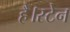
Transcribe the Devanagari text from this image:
है।स्टेन